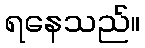
ရနေသည်။